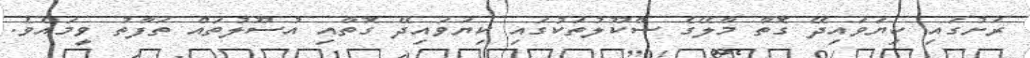
ރަށުގައި ކިޔަވައިދޭ ގޮތާ މާލޭގެ ސްކޫލުތަކުގައި ކިޔަވައިދޭ ގޮތާއި އުސޫލުތައް ތަފާތު ވީމައެވެ.